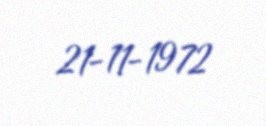
21-11-1972